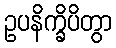
ဥပနိက္ခိပိတွာ